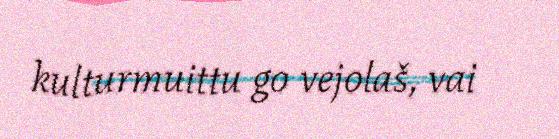
kulturmuittu go vejolaš, vai